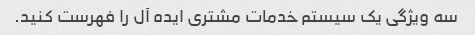
سه ویژگی یک سیستم خدمات مشتری ایده آل را فهرست کنید.